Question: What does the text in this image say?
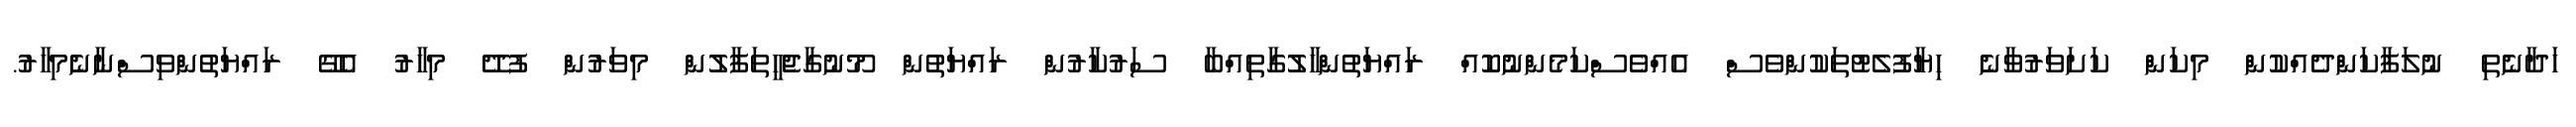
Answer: ހަދާނެތި ނުލަފާކަންދެއްކުން މިކަން ކަށަވަރުވާނެ ހިޔާފުލެޓުތަކުންވެސް އެއްވެސްކަމެންނުކޮއް ރައްޔަތުންހާލުގާތިއްބާ ސަރުކާރުން ރައްޔަތުން މޫނުގާޖެހީތަފާލުން މިވަރުން ފުދޭ މިހާރު އެގޭ ރައްޔަތުންވިސްނާނެމިހާރު.